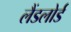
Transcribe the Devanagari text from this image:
लैंडलोर्ड